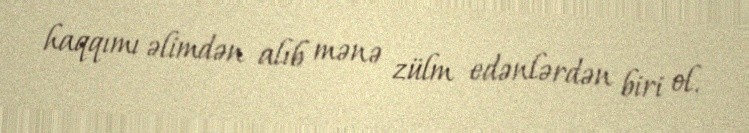
haqqımı əlimdən alıb mənə zülm edənlərdən biri ol.